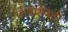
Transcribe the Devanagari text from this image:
खोडाशेजारी